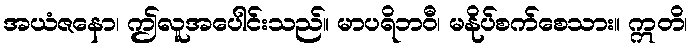
အယံဇနော၊ ဤလူအပေါင်းသည်။ မာပရိဘဝီ၊ မနိုပ်စက်စေသား။ ဣတိ၊